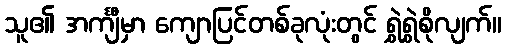
သူ၏ အင်္ကျီမှာ ကျောပြင်တစ်ခုလုံးတွင် ရွှဲရွှဲစိုလျက်။